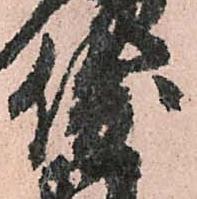
俊